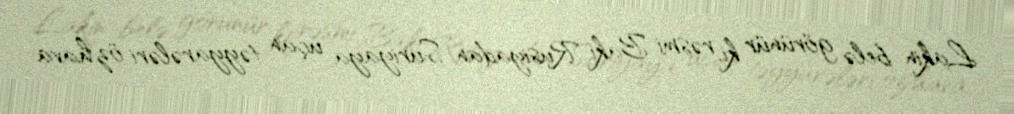
Lakin belə görünür ki, rəsmi Bakı Rusiyadan Suriyaya uçan təyyarələri öz hava